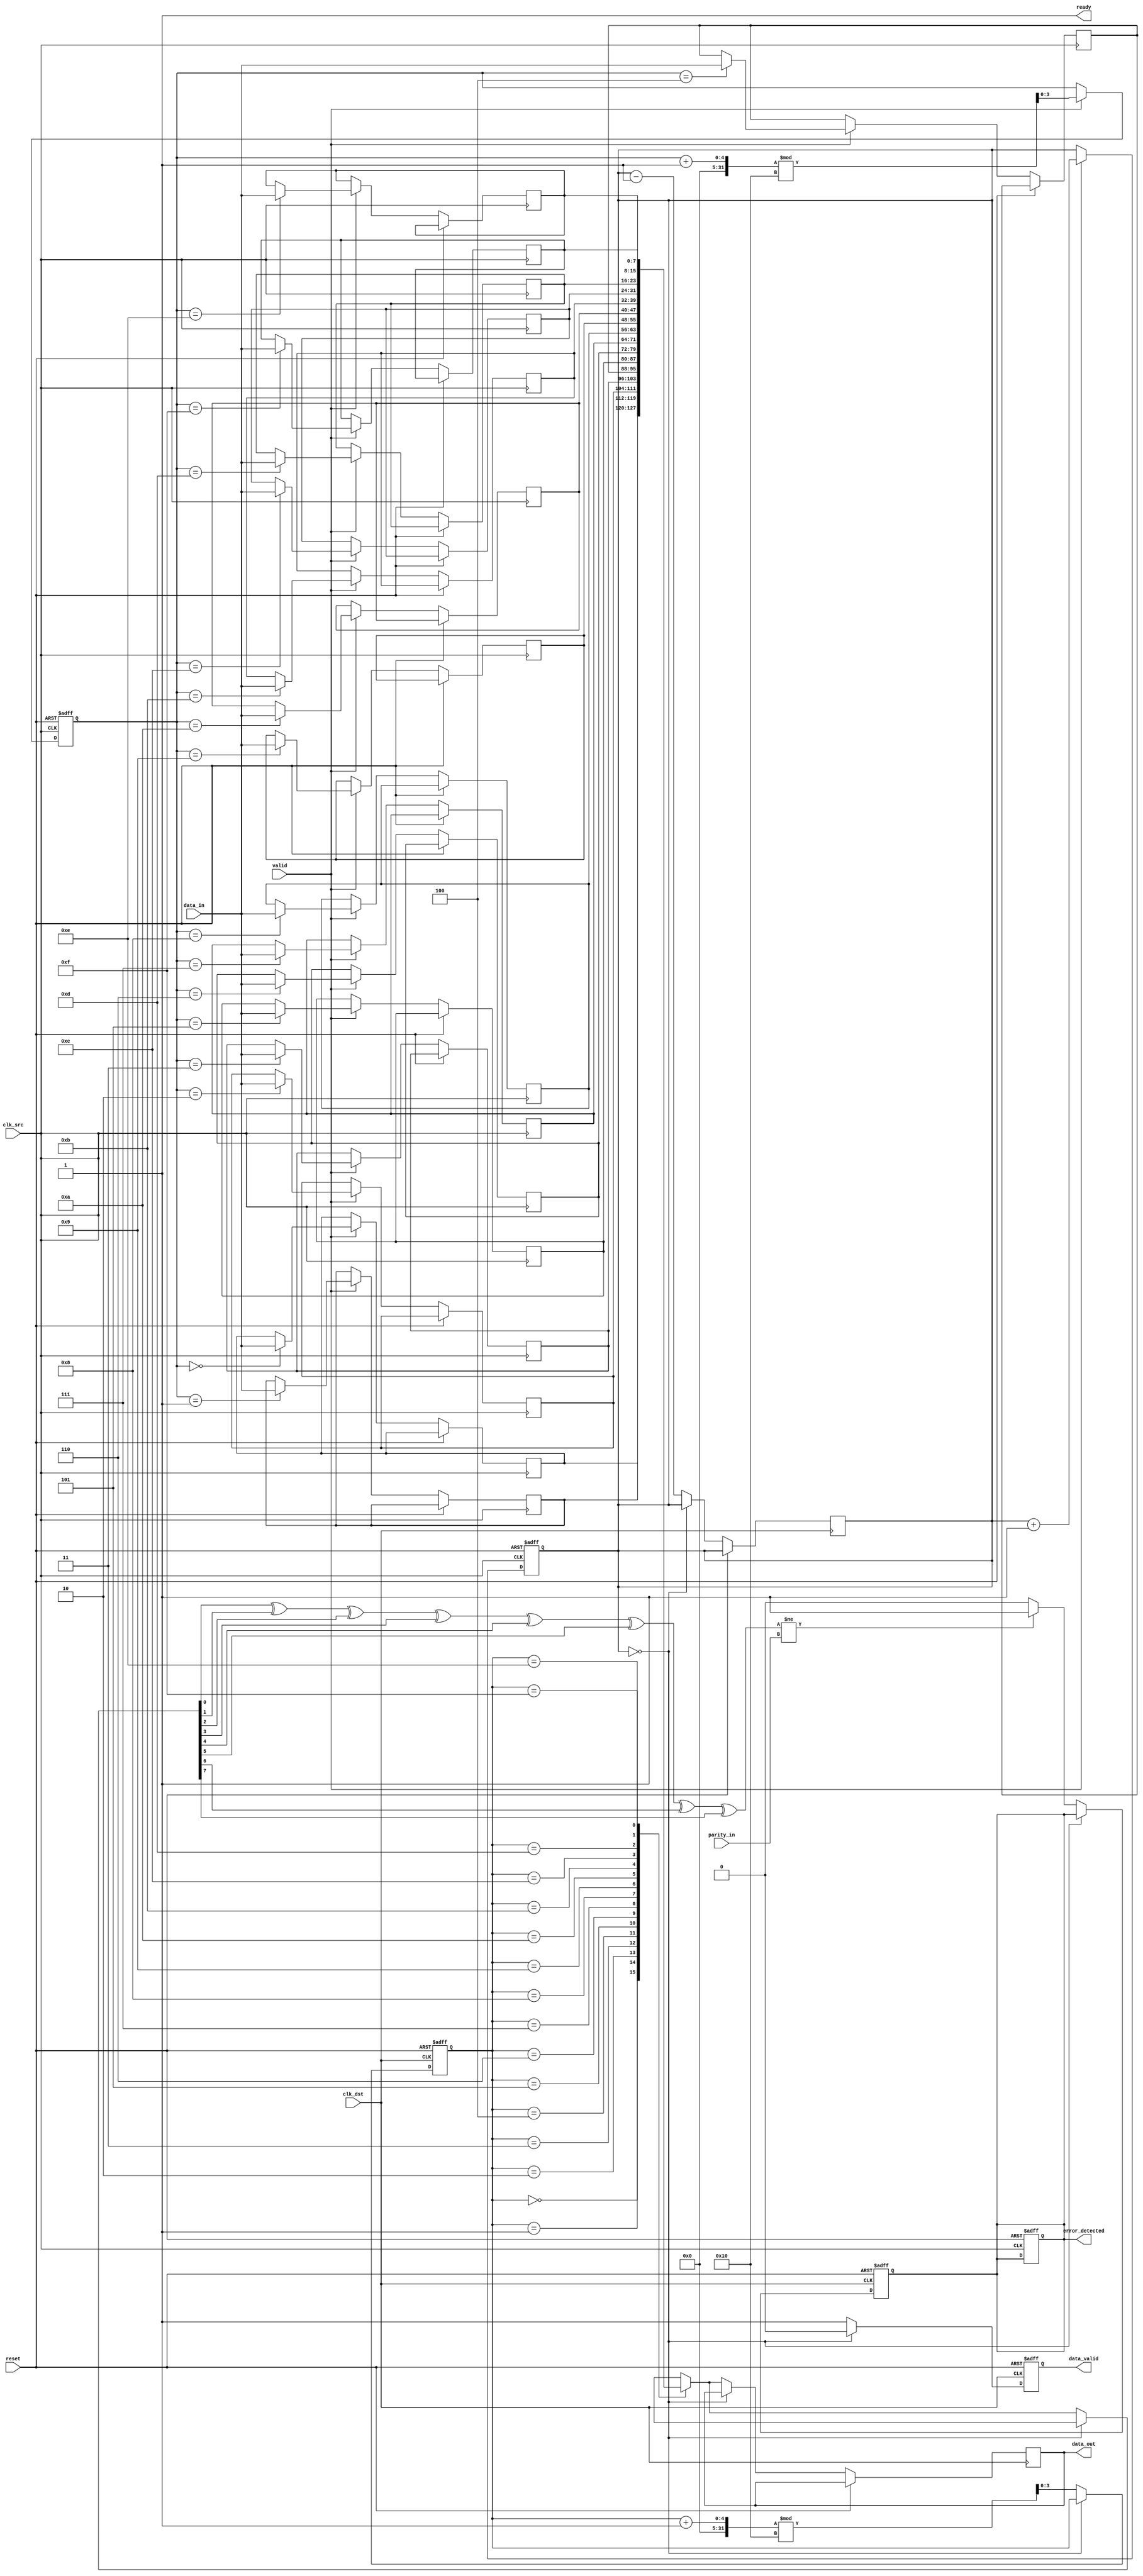
module cdc_memory_blocks #(
    parameter DATA_WIDTH = 8,
    parameter FIFO_DEPTH = 16
)(
    input wire clk_src,               // Source clock
    input wire clk_dst,               // Destination clock
    input wire reset,                 // Reset signal
    input wire [DATA_WIDTH-1:0] data_in, // Data input from source
    input wire valid,                 // Valid signal from source
    output wire ready,                // Ready signal to source
    output reg [DATA_WIDTH-1:0] data_out, // Data output to destination
    output reg data_valid,            // Indicates valid data in destination
    output reg error_detected,        // Indicates error detection
    input wire [DATA_WIDTH-1:0] parity_in // Parity bit input
);

    // FIFO buffer implementation
    reg [DATA_WIDTH-1:0] fifo [0:FIFO_DEPTH-1];
    reg [3:0] write_ptr, read_ptr;
    reg [3:0] fifo_count;

    // Handshaking signals
    wire fifo_full = (fifo_count == FIFO_DEPTH);
    wire fifo_empty = (fifo_count == 0);
    assign ready = !fifo_full;

    // Parity calculation
    function [0:0] calculate_parity;
        input [DATA_WIDTH-1:0] data;
        integer i;
        begin
            calculate_parity = 0;
            for (i = 0; i < DATA_WIDTH; i = i + 1) begin
                calculate_parity = calculate_parity ^ data[i];
            end
        end
    endfunction

    // Write data to FIFO on source clock
    always @(posedge clk_src or posedge reset) begin
        if (reset) begin
            write_ptr <= 0;
            fifo_count <= 0;
            error_detected <= 0;
        end else if (valid && ready) begin
            fifo[write_ptr] <= data_in;
            write_ptr <= (write_ptr + 1) % FIFO_DEPTH;
            fifo_count <= fifo_count + 1;
        end
    end

    // Read data from FIFO on destination clock
    always @(posedge clk_dst or posedge reset) begin
        if (reset) begin
            read_ptr <= 0;
            data_valid <= 0;
            error_detected <= 0;
        end else if (!fifo_empty) begin
            data_out <= fifo[read_ptr];
            data_valid <= 1;
            // Check for parity error
            if (calculate_parity(fifo[read_ptr]) != parity_in) begin
                error_detected <= 1; // Error detected
            end else begin
                error_detected <= 0; // No error
            end
            read_ptr <= (read_ptr + 1) % FIFO_DEPTH;
            fifo_count <= fifo_count - 1;
        end else begin
            data_valid <= 0; // No valid data
        end
    end

endmodule